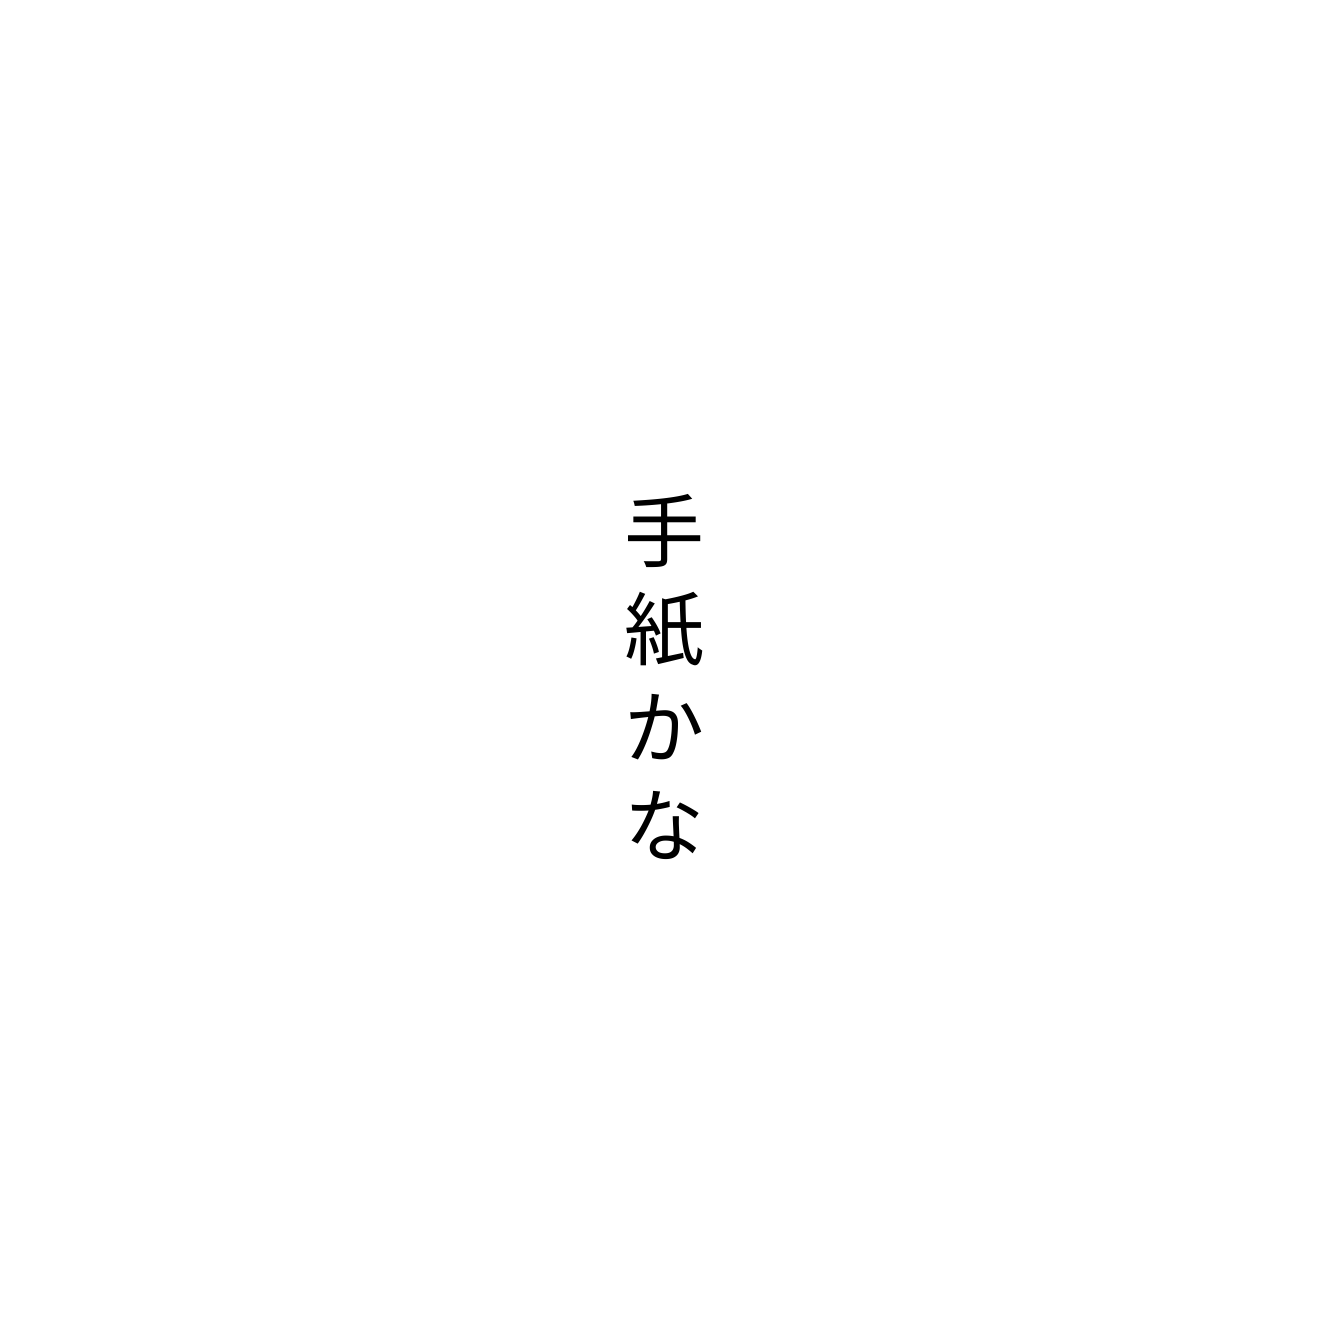
手紙かな